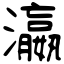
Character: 瀛